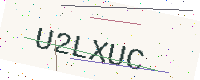
Text: U2LXUC